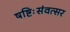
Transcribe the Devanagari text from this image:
षष्टिःसंवत्सर